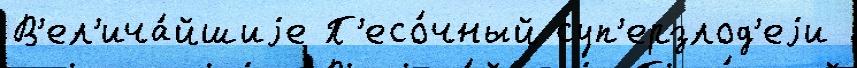
В'ел'ича́йшиjе П'есо́чный суп'ерзлод'еjи